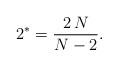
LaTeX: \begin{align*}2^*=\frac{2\,N}{N-2}.\end{align*}